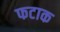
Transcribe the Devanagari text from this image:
फटाक